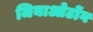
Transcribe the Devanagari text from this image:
जियाओटोंग